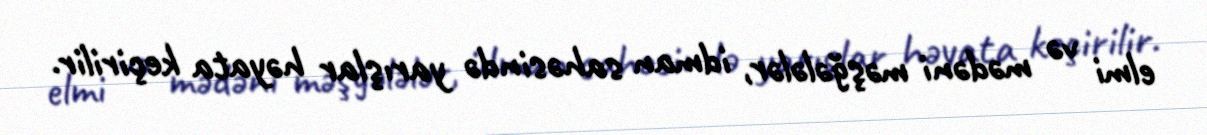
elmi və mədəni məşğələlər, idman sahəsində yarışlar həyata keçirilir.